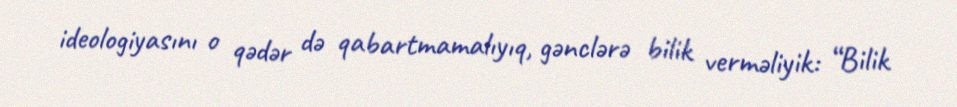
ideologiyasını o qədər də qabartmamalıyıq, gənclərə bilik verməliyik: “Bilik